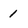
Character: 1